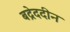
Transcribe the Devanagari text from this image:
बद्रेददीन